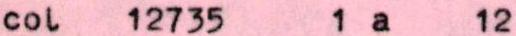
col 12735 1 a 12